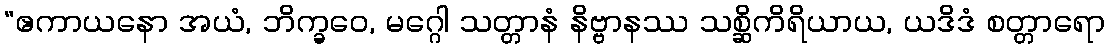
“ဧကာယနော အယံ, ဘိက္ခဝေ, မဂ္ဂေါ သတ္တာနံ နိဗ္ဗာနဿ သစ္ဆိကိရိယာယ, ယဒိဒံ စတ္တာရော